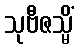
သုဗီဇသ္မိံ